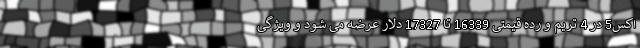
اکس5 در 4 تریم و رده قیمتی 16339 تا 17327 دلار عرضه می شود و ویژگی